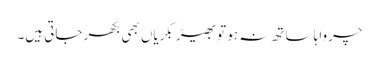
چرواہا ساتھ نہ ہو تو بھیڑ بکریاں بھی بکھر جاتی ہیں۔